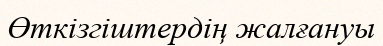
Өткізгіштердің жалғануы